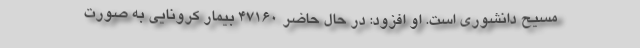
مسیح دانشوری است. او افزود: در حال حاضر ۴۷۱۶۰ بیمار کرونایی به صورت